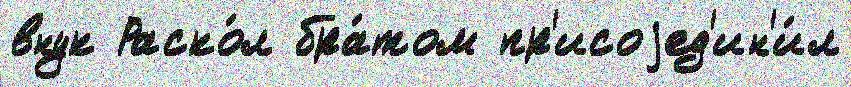
внук Раско́л бра́том пр'исоjед'ин'и́л